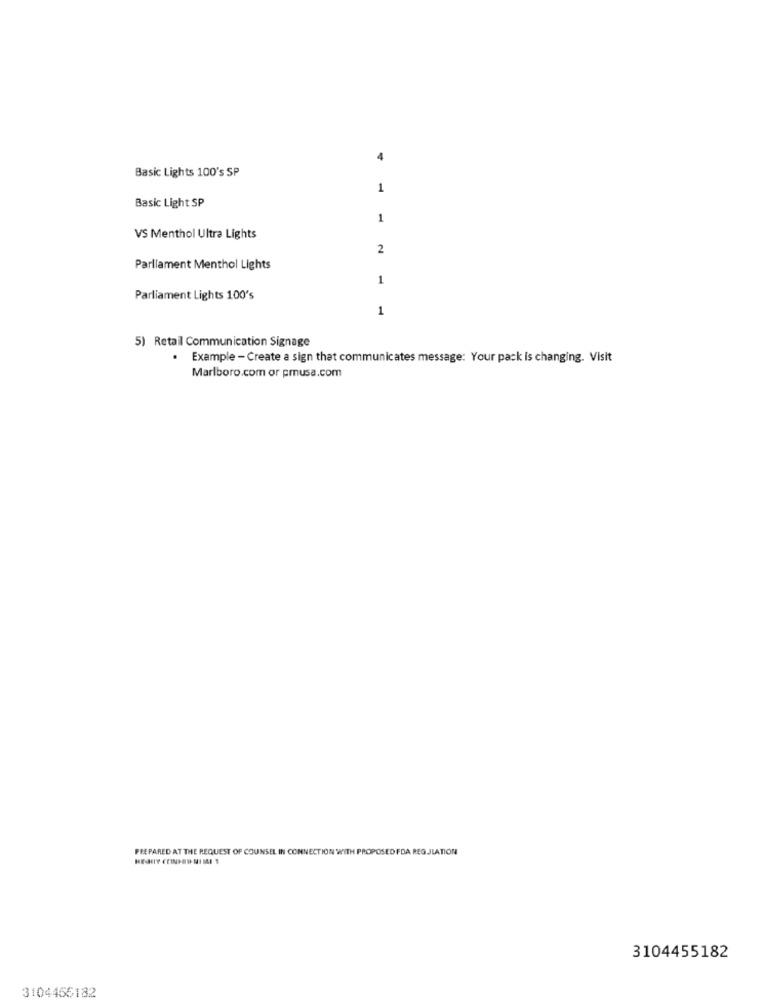
Basic Lights 100's SP
1
Basic Light SP
1
VS Menthol Ultra Lights
2
Parliament Menthol Lights
1
Parliament Lights 100's
1
5) Retail Communication Signage
. Example - Create a sign that communicates message: Your pack is changing. Visit
Marlboro.com or prusa.com
PREPARED AT THE REQUEST OF COUNSEL IN CONNECTION WITH PROPOSED FDA REGULATION
3104455182
3104456182